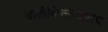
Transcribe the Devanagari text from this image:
बालेकिल्ल्यातच